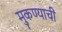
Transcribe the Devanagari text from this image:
मुकण्याची